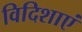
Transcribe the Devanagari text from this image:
विदिशाएं